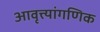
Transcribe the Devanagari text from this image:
आवृत्त्यांगणिक